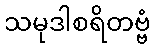
သမုဒါစရိတဗ္ဗံ